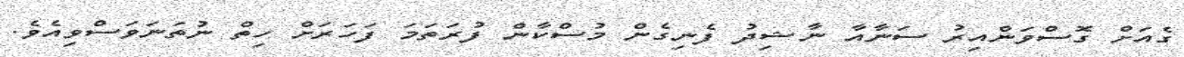
ގެއަށް ގޮސްވަންއިރު ސަނާއާ ނާޝިދު ފެނިގެން މުސްކާން ފުރަތަމަ ފަހަރަށް ހިތް ނުތަނަވަސްވިއެވެ.